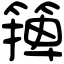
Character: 篺